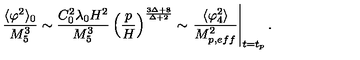
\frac { \langle \varphi ^ { 2 } \rangle _ { 0 } } { M _ { 5 } ^ { 3 } } \sim \frac { C _ { 0 } ^ { 2 } \lambda _ { 0 } H ^ { 2 } } { M _ { 5 } ^ { 3 } } \left( \frac { p } { H } \right) ^ { \frac { 3 \Delta + 8 } { \Delta + 2 } } \sim \left. \frac { \langle \varphi _ { 4 } ^ { 2 } \rangle } { M _ { p , e f f } ^ { 2 } } \right\vert _ { t = t _ { p } } .